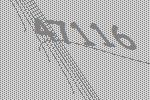
47116